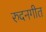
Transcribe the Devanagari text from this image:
रुदनगीत